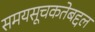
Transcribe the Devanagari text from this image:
समयसूचकतेबद्दल